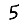
Digit: 5